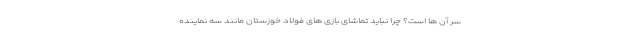
سر آن ها است؟ چرا نباید تماشای بازی های فولاد خوزستان مانند سه نماینده